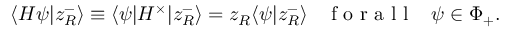
\langle H \psi | z _ { R } ^ { - } \rangle \equiv \langle \psi | H ^ { \times } | z _ { R } ^ { - } \rangle = z _ { R } \langle \psi | z _ { R } ^ { - } \rangle \, \, \, \, \, \textup { f o r a l l } \, \, \, \, \, \psi \in \Phi _ { + } .